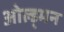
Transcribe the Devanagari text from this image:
ओल्ड्मन